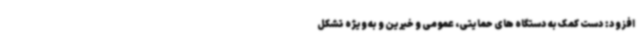
افزود: دست کمک به دستگاه های حمایتی، عمومی و خیرین و به ویژه تشکل